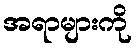
အရာများကို